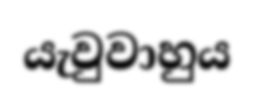
යැවුවාහුය